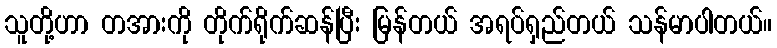
သူတို့ဟာ တအားကို တိုက်ရိုက်ဆန်ပြီး မြန်တယ် အရပ်ရှည်တယ် သန်မာပါတယ်။